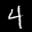
Label: 4